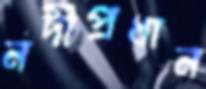
নদীপ্রধান